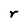
Character: r